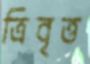
ত্রিবৃত্ত